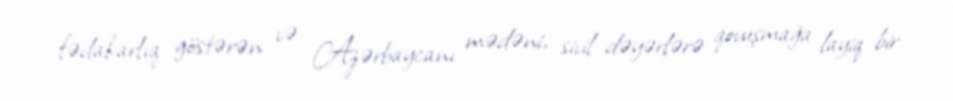
fədakarlıq göstərən və Azərbaycanı mədəni, sivil dəyərlərə qovuşmağa layiq bir